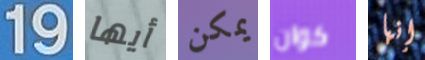
19 أيها يمكن كوان إنها